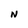
Character: N